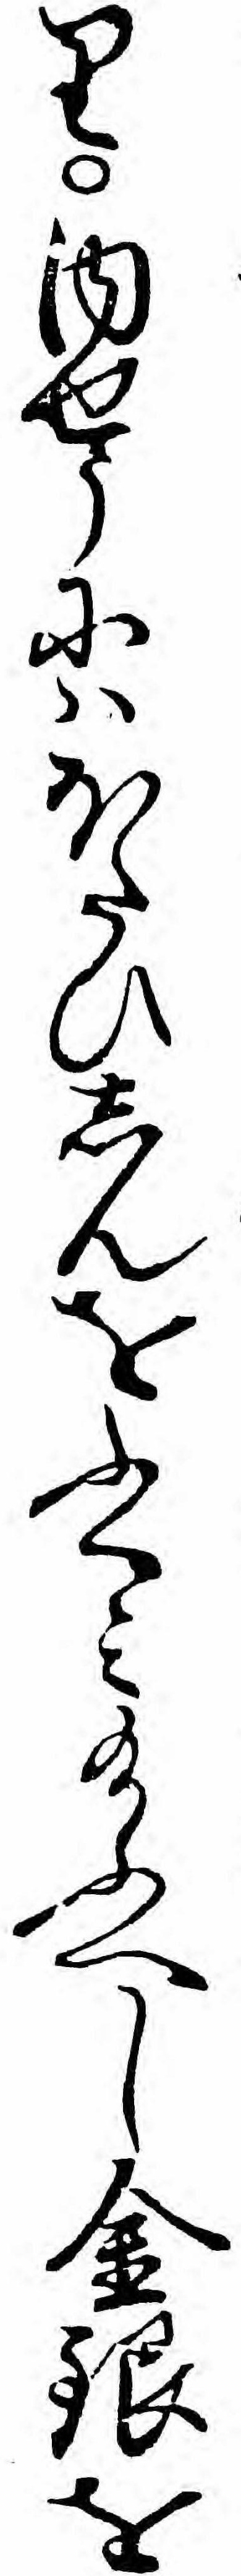
り内せうにハほたひしんをふくミ給ふへし金銀を